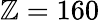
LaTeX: \mathbb{Z}=160